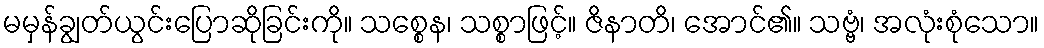
မမှန်ချွတ်ယွင်းပြောဆိုခြင်းကို။ သစ္စေန၊ သစ္စာဖြင့်။ ဇိနာတိ၊ အောင်၏။ သဗ္ဗံ၊ အလုံးစုံသော။